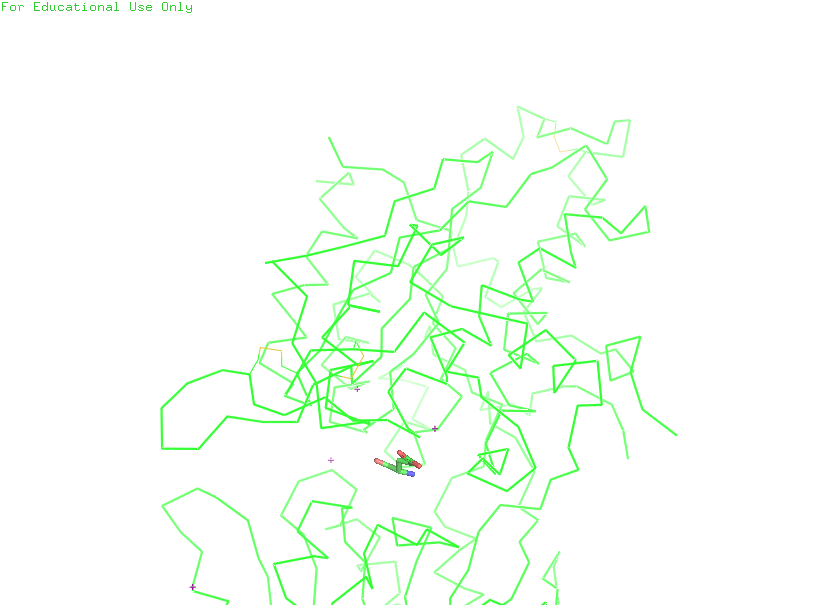
pymol, preset, simple_no_solv